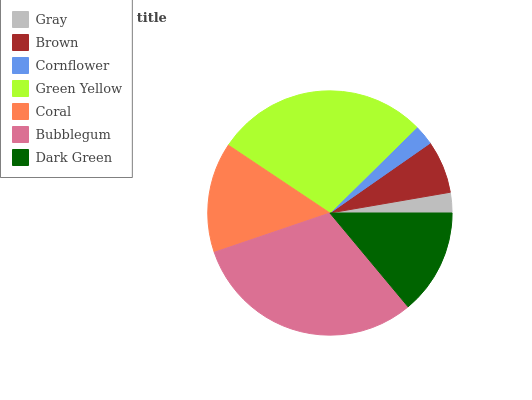
| Gray | Brown | Cornflower | Green Yellow | Coral | Bubblegum | Dark Green |
 | --- | --- | --- | --- | --- | --- | --- |
 | 2.71% | 6.98% | 2.69% | 28.2% | 14.6% | 30.9% | 14% |